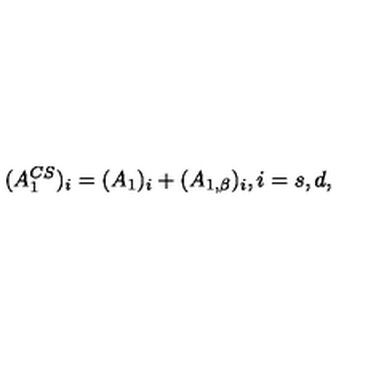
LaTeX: ( A _ { 1 } ^ { C S } ) _ { i } = ( A _ { 1 } ) _ { i } + ( A _ { 1 , \beta } ) _ { i } , i = s , d ,